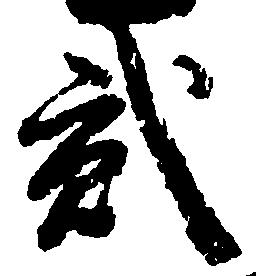
弐